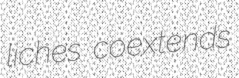
liches coextends